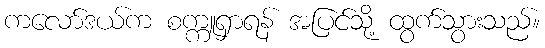
ကလော်ဒယ်က စက္ကူရှာရန် အပြင်သို့ ထွက်သွားသည်။